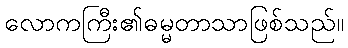
လောကကြီး၏ဓမ္မတာသာဖြစ်သည်။